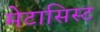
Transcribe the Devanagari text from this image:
मेटासिस्ट